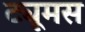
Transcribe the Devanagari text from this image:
ट्यूमस